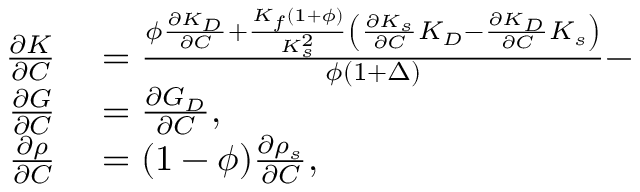
\begin{array} { r } { \begin{array} { r l } { \frac { \partial K } { \partial C } } & { { } = \frac { \phi \frac { \partial K _ { D } } { \partial C } + \frac { K _ { f } ( 1 + \phi ) } { K _ { s } ^ { 2 } } \left( \frac { \partial K _ { s } } { \partial C } K _ { D } - \frac { \partial K _ { D } } { \partial C } K _ { s } \right) } { \phi ( 1 + \Delta ) } - } \\ { \frac { \partial G } { \partial C } } & { { } = \frac { \partial G _ { D } } { \partial C } , } \\ { \frac { \partial \rho } { \partial C } } & { { } = ( 1 - \phi ) \frac { \partial \rho _ { s } } { \partial C } , } \end{array} } \end{array}